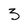
Character: 3